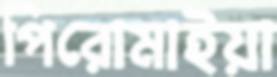
পিরোমাইয়া